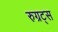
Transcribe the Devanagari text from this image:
रुग्रट्स